Vaccine operations Central Provinces 1868-1885 - 1868-1885
Year: 1868
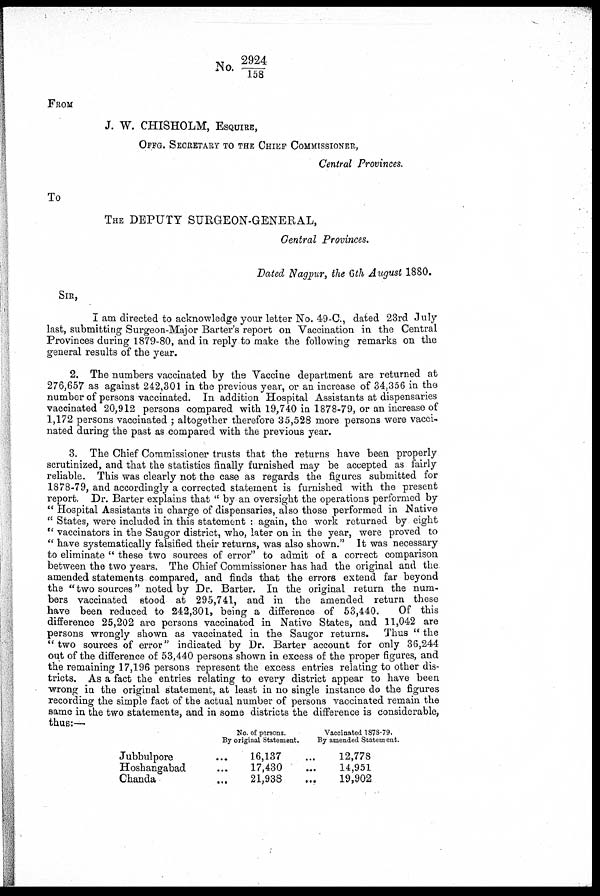
No. 2924/158
FROM
J. W. CHISHOLM, ESQUIRE,
OFFG. SECRETARY TO THE CHIEF COMMISSIONER,
Central Provinces.
To
THE DEPUTY SURGEON-GENERAL,
Central Provinces.
Dated Nagpur, the 6th August 1880.
SIR,
I am directed to acknowledge your letter No. 49-C., dated 23rd July
last, submitting Surgeon-Major Barter's report on Vaccination in the Central
Provinces during 1879-80, and in reply to make the following remarks on the
general results of the year.
2. The numbers vaccinated by the Vaccine department are returned at
276,657 as against 242,301 in the previous year, or an increase of 34,356 in the
number of persons vaccinated. In addition Hospital Assistants at dispensaries
vaccinated 20,912 persons compared with 19,740 in 1878-79, or an increase of
1,172 persons vaccinated ; altogether therefore 35,528 more persons were vacci-
nated during the past as compared with the previous year.
3. The Chief Commissioner trusts that the returns have been properly
scrutinized, and that the statistics finally furnished may be accepted as fairly
reliable. This was clearly not the case as regards the figures submitted for
1878-79, and accordingly a corrected statement is furnished with the present
report. Dr. Barter explains that " by an oversight the operations performed by
" Hospital Assistants in charge of dispensaries, also those performed in Native
" States, were included in this statement : again, the work returned by eight
" vaccinators in the Saugor district, who, later on in the year, were proved to
" have systematically falsified their returns, was also shown." It was necessary
to eliminate " these two sources of error" to admit of a correct comparison
between the two years. The Chief Commissioner has had the original and the
amended statements compared, and finds that the errors extend far beyond
the "two sources" noted by Dr. Barter. In the original return the num-
bers vaccinated stood at 295,741, and in the amended return these
have been reduced to 242,301, being a difference of 53,440.
Of this
difference 25,202 are persons vaccinated in Native States, and 11,042 are
persons wrongly shown as vaccinated in the Saugor returns. Thus " the
"two sources of error" indicated by Dr. Barter account for only 36,244
out of the difference of 53,440 persons shown in excess of the proper figures, and
the remaining 17,196 persons represent the excess entries relating to other dis-
tricts. As a fact the entries relating to every district appear to have been
wrong in the original statement, at least in no single instance do the figures
recording the simple fact of the actual number of persons vaccinated remain the
same in the two statements, and in some districts the difference is considerable,
thus:—
Jubbulpore
Hoshangabad
Chanda
No. of persons.
By original Statement.
...16,137
...17,430
...21,938
Vaccinated 1878-79.
By amended Statement.
...12,778
...14,951
...19,902